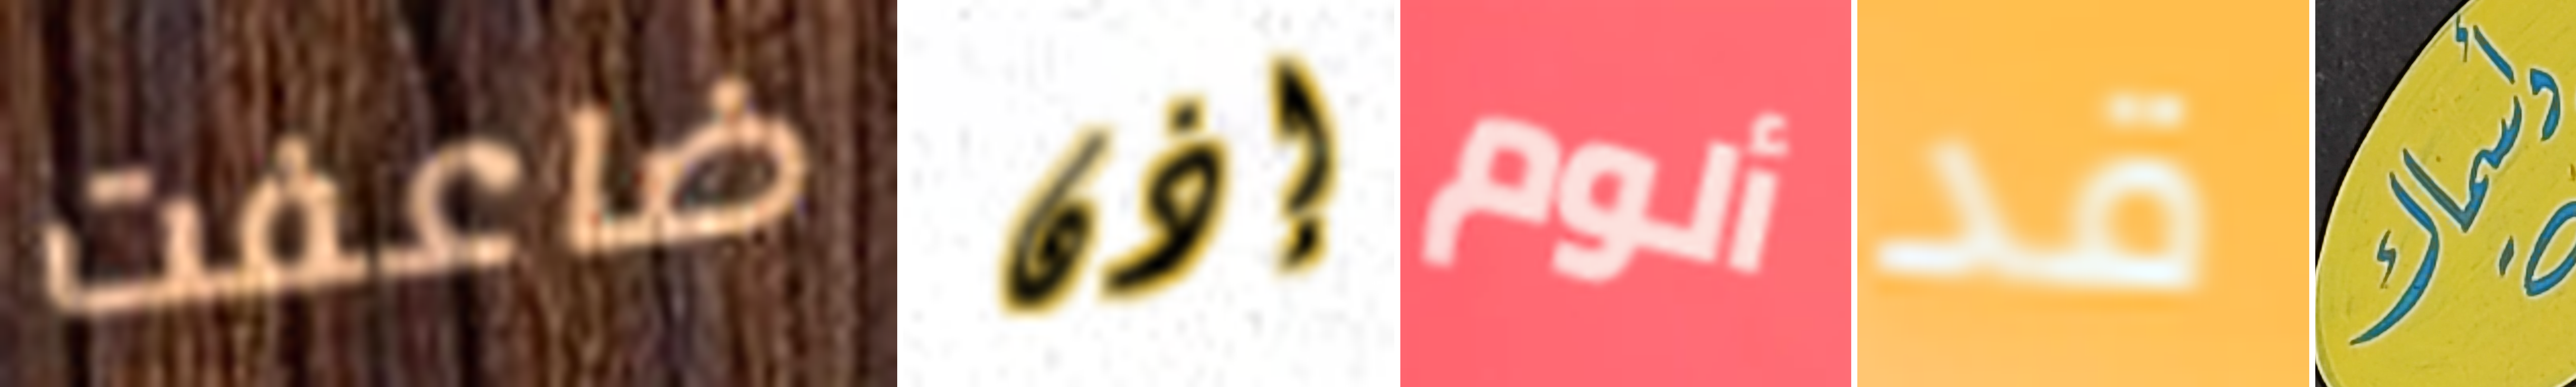
ضاعفت إذن ألوم قد وأسماك